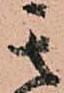
其